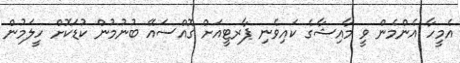
އެމީހާ އެންމެން ވީ މާއިޝާގެ ކައިވެނި ޕާރޓީއަށް ގޮއްސައޭ ބުނުމުން ކުޑަކޮށް ހީލަމުން